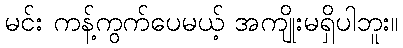
မင်း ကန့်ကွက်ပေမယ့် အကျိုးမရှိပါဘူး။